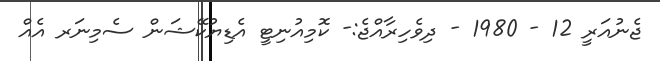
ޖެނުއަރީ 12 - 1980 - ދިވެހިރާއްޖެ:- ކޮމިއުނިޓީ އެޑިޔުކޭޝަން ސެމިނަރ އެއް